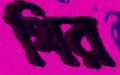
থির